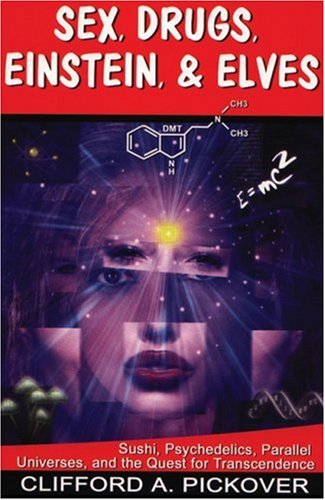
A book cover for Sex, Drugs, Einstein & Elves: Sushi, Psychedelics, Parallel Universes and the Quest for Transcendence; Clifford A. Pickover; Science & Math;